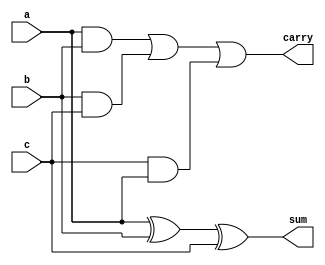
module full_adder (
    input wire a,
    input wire b,
    input wire c,
    output wire sum,
    output wire carry
);
    assign sum = a ^ b ^ c; // Sum is the XOR of the three inputs
    assign carry = (a & b) | (b & c) | (c & a); // Carry is generated by ANDing pairs of inputs
endmodule